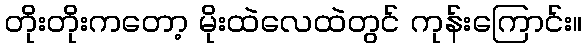
တိုးတိုးကတော့ မိုးထဲလေထဲတွင် ကုန်းကြောင်း။